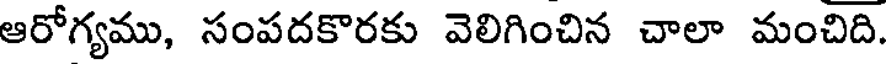
ఆరోగ్యము, సంపదకొరకు వెలిగించిన చాలా మంచిది.